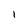
Character: I